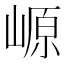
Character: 㟲